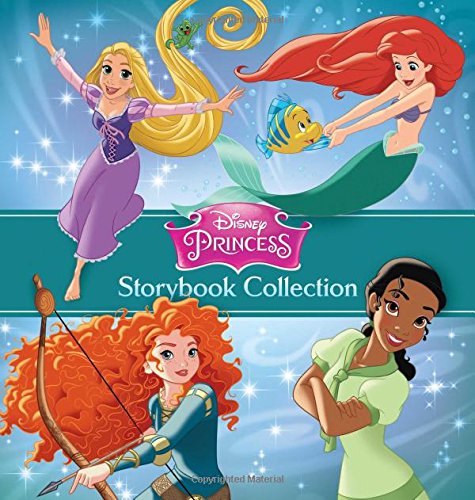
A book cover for Disney Princess Storybook Collection; Disney Book Group; Children's Books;